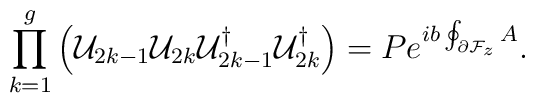
\prod_{k=1}^g\left({\cal U}_{2k-1}{\cal U}_{2k}{\cal U}_{2k-1}^{\dagger}{\cal U}_{2k}^{\dagger}\right)= P e^{ib\oint_{\partial{\cal F}_z}A}.